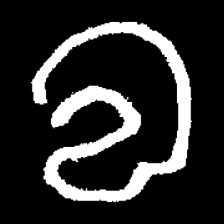
Pyu character \u2014 Myanmar letter: လ (romanized: la)